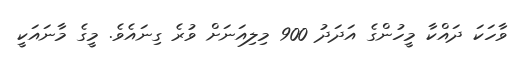
ވާހަކަ ދައްކާ މީހުންގެ އަދަދު 900 މިލިއަނަށް ވުރެ ގިނައެވެ. މީގެ މާނައަކީ